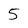
Character: 5